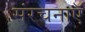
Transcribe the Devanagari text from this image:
संरचनाएॅ